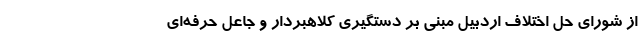
از شورای حل اختلاف اردبیل مبنی بر دستگیری کلاهبردار و جاعل حرفه‌ای